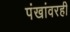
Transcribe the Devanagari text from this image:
पंखांवरही